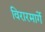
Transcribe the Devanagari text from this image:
विरारमार्गे